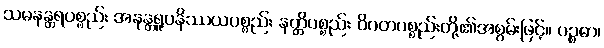
သမနန္တရပစ္စည်း အနန္တရူပနိဿယပစ္စည်း နတ္တိပစ္စည်း ဝိဂတပစ္စည်းတို့၏အစွမ်းဖြင့်။ ပဉ္စဓာ၊